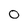
Character: 0